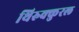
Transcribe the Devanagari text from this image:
थिरुक्कुरल